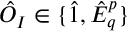
\hat { O } _ { I } \in \{ \hat { 1 } , \hat { E } _ { q } ^ { p } \}